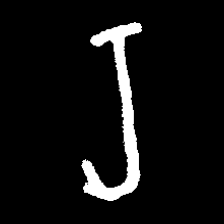
Pyu character \u2014 Myanmar letter: ရ (romanized: ra)